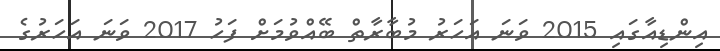
އިންޑިއާގައި 2015 ވަނަ އަހަރު މުބާރާތް ބޭއްވުމަށް ފަހު 2017 ވަނަ އަހަރުގެ